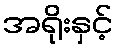
အရိုးနှင့်